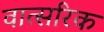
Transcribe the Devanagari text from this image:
वात्सरिक